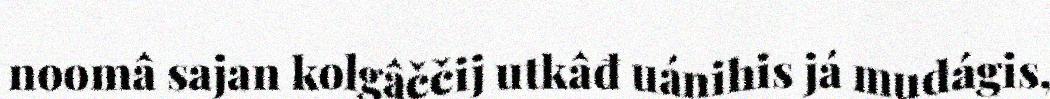
noomâ sajan kolgâččij utkâđ uánihis já mudágis,